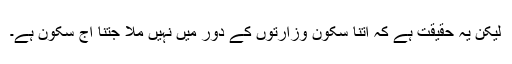
لیکن یہ حقیقت ہے کہ اتنا سکون وزارتوں کے دور میں نہیں ملا جتنا آج سکون ہے۔